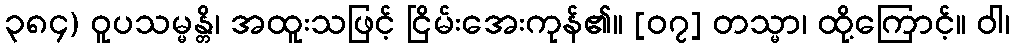
၃၈၄) ဝူပသမ္မန္တိ၊ အထူးသဖြင့် ငြိမ်းအေးကုန်၏။ [၀၇] တသ္မာ၊ ထို့ကြောင့်။ ဝါ၊